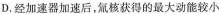
D. 经加速器加速后，氚核获得的最大动能较小